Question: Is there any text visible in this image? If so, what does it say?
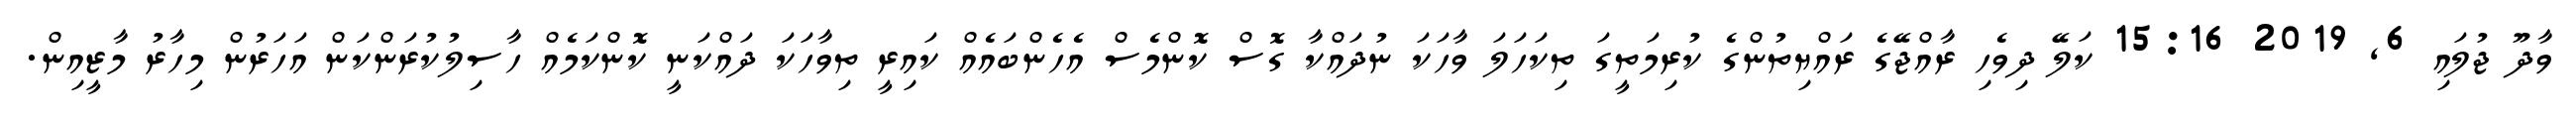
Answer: ވާދޫ ޖުލައި 6, 2019 15:16 ކަލޭ ދިވެހި ރާއްޖޭގެ ރައްޔިތުންގެ ކުރިމަތީގަ ތިކަހަލަ ވާހަކަ ނުދައްކާ ގޮސް ކޮންމެސް އެހެންބައެއް ކައިރީ ތިވާހަކަ ދައްކަނީ ކޮންކަމެއް ހާސިލުކުރަންކަން އަހަރުން މިހާރު މާޒީއިން.